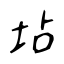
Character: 坫